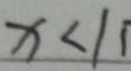
x < 1 1